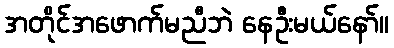
အတိုင်အဖောက်မညီဘဲ နေဦးမယ်နော်။